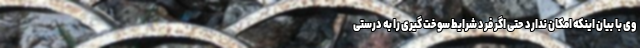
وی با بیان اینکه امکان ندارد حتی اگر فرد شرایط سوخت گیری را به درستی